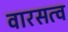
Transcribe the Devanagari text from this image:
वारसत्व